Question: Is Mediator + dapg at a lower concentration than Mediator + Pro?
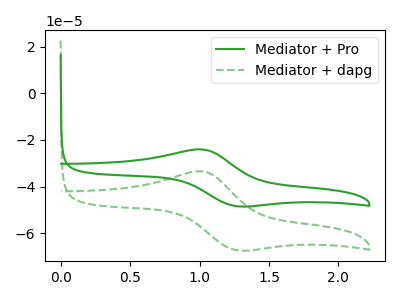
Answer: <think>The green curve "Mediator + Pro" has an anodic peak at (1.00V, -24.05uA) and a cathodic peak at (1.25V, -48.40uA). The green dashed curve "Mediator + dapg" has an anodic peak at (1.00V, -33.45uA) and a cathodic peak at (1.25V, -67.30uA).
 All the peaks in "Mediator + Pro" have a peak in "Mediator + dapg" at the same potential.</think>
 <answer>I cant tell if "Mediator + Pro" or "Mediator + dapg" has higher concentration.</answer>
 <eval>mixed_concentration</eval>